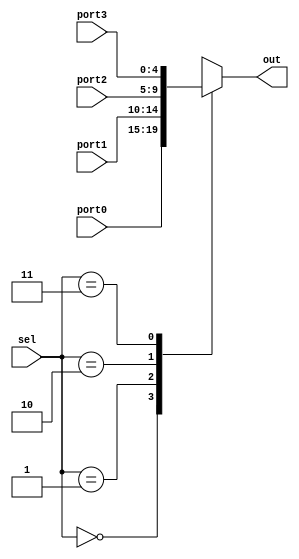
`timescale 1ns / 1ps
//////////////////////////////////////////////////////////////////////////////////
// Company: 
// Engineer: 
// 
// Design Name: 
// Module Name:    MUX4X1bit5 
// Project Name: 
// Target Devices: 
// Tool versions: 
// Description: 
//
// Dependencies: 
//
// Revision: 
// Revision 0.01 - File Created
// Additional Comments: 
//
//////////////////////////////////////////////////////////////////////////////////
module MUX4X1bit5(
    input [4:0] port0,
    input [4:0] port1,
    input [4:0] port2,
    input [4:0] port3,
    input [1:0] sel,
    output [4:0] out
    );
reg[4:0]  temp;
always@(*)
begin
    case(sel)
	 2'b00: temp=port0;
	 2'b01: temp=port1;
	 2'b10: temp=port2;
	 2'b11: temp=port3;
	 endcase
end

assign out=temp;
endmodule